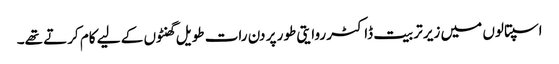
اسپتالوں میں زیر تربیت ڈاکٹر روایتی طور پر دن رات طویل گھنٹوں کے لیے کام کرتے تھے۔